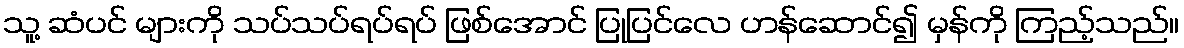
သူ့ ဆံပင် များကို သပ်သပ်ရပ်ရပ် ဖြစ်အောင် ပြုပြင်လေ ဟန်ဆောင်၍ မှန်ကို ကြည့်သည်။